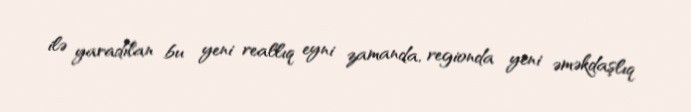
ilə yaradılan bu yeni reallıq eyni zamanda, regionda yeni əməkdaşlıq